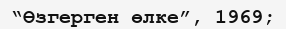
“Өзгерген өлке”, 1969;